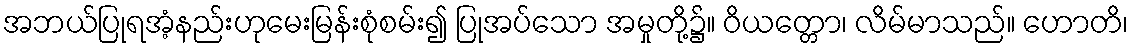
အဘယ်ပြုရအံ့နည်းဟုမေးမြန်းစုံစမ်း၍ ပြုအပ်သော အမှုတို့၌။ ဝိယတ္တော၊ လိမ်မာသည်။ ဟောတိ၊